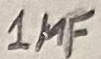
Text: 1µF